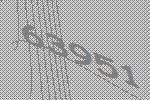
63951